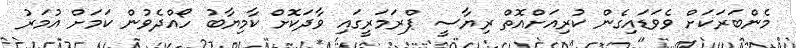
މެންބަރަކަށް ވެވަޑައިގެން ކުރިއަށްއޮތް ރިޔާސީ ޕްރަމަރީގައި ވާދަކޮށް ކާމިޔާބު ހޯއްދެވުން ކަމަށް އުމަރު